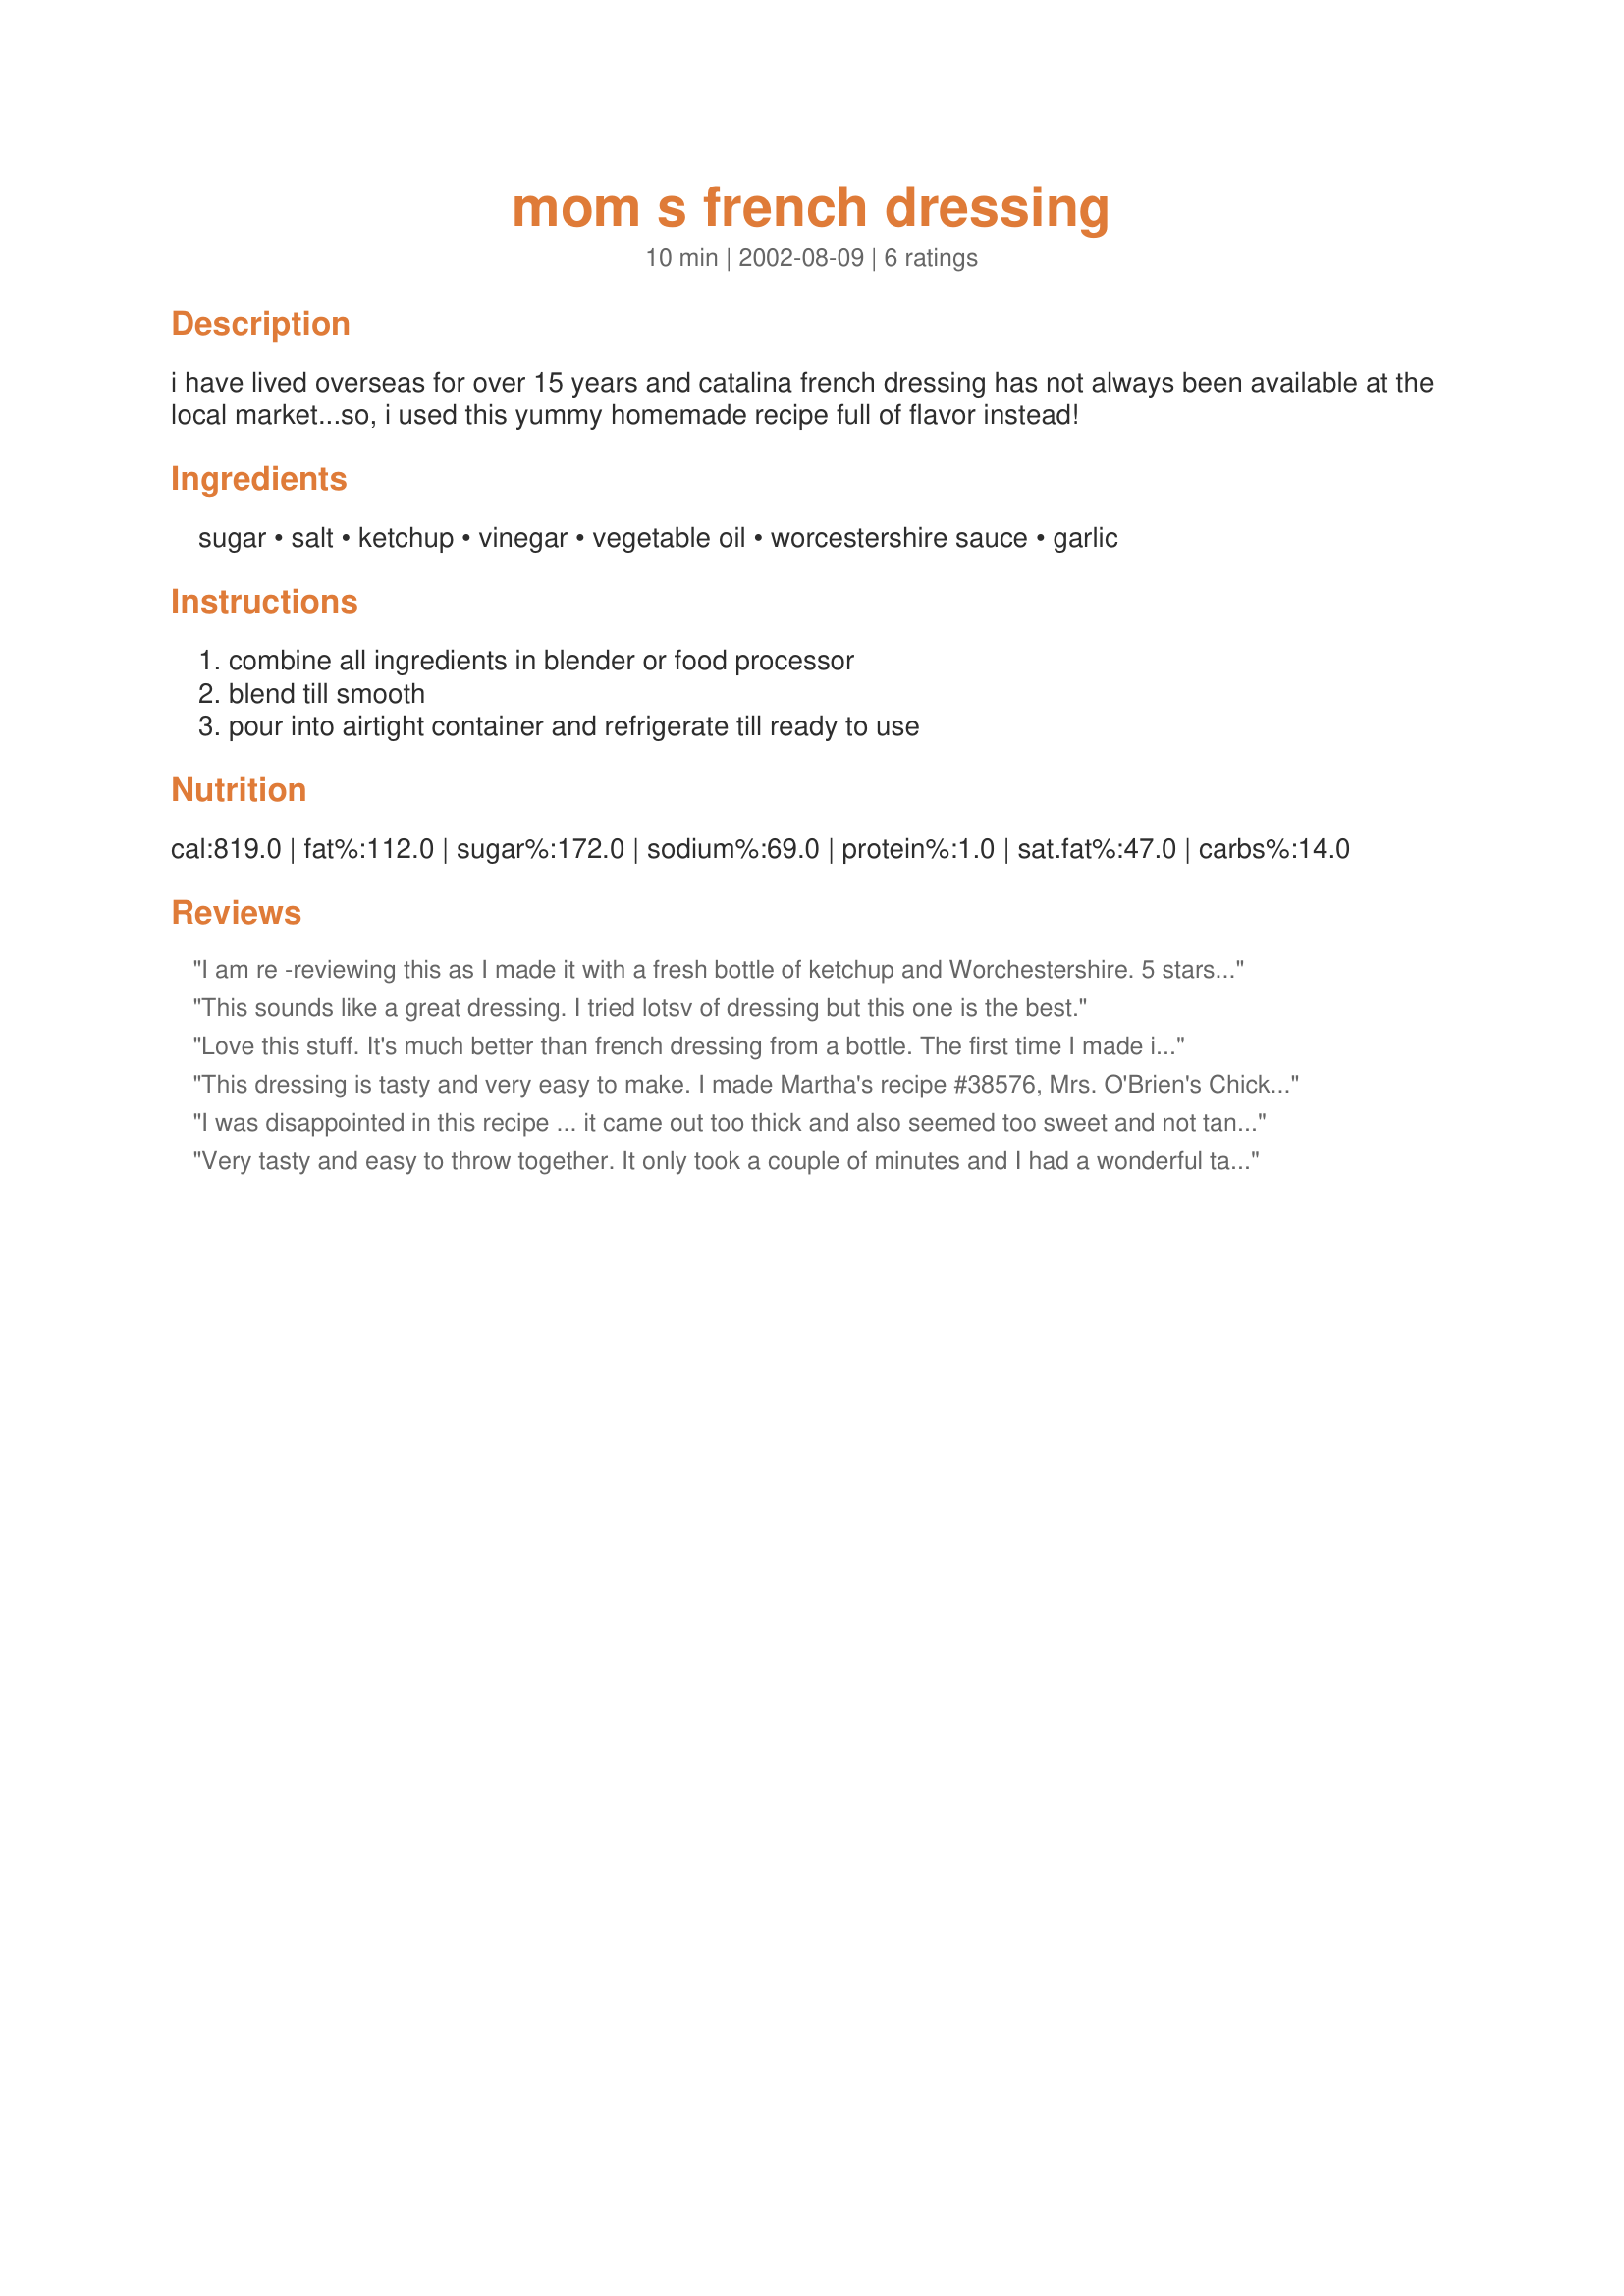
mom s french dressing
Preparation time: 10 minutes

i have lived overseas for over 15 years and catalina french dressing has not always been available at the local market...so, i used this yummy homemade recipe full of flavor instead!

Ingredients:
sugar, salt, ketchup, vinegar, vegetable oil, worcestershire sauce, garlic

Steps:
combine all ingredients in blender or food processor, blend till smooth, pour into airtight container and refrigerate till ready to use

Reviews:
I am re -reviewing this as I made it with a fresh bottle of ketchup and Worchestershire. 5 stars. It is better than Catalina. Will become a regular in our house. Really much better than Catalina and about 5 minutes to throw together.
This sounds like a great dressing. I tried lotsv of dressing but this one is the best.
Love this stuff. It's much better than french dressing from a bottle.

The first time I made it, I had no trouble at all, but this time, for some reason it just would NOT come together and emulsify. The only thing I did differently was use grapeseed oil instead of canola. The dressing wasn't as smooth as it should be, and when I turned off the blender the oil would slowly separate out. I added 1/4 tsp of dry ground mustard, and when I gave it another buzz, the dressing instantly turned smooth and creamy. And it tastes great. (The mustard trick is a general-purpose salad dressing hack!)
This dressing is tasty and very easy to make. I made Martha's recipe #38576, Mrs. O'Brien's Chicken. The recipe called for Catalina French dressing, which isn't available where I live. This dressing was a perfect substitute! I'll definitely be making this recipe again.
I was disappointed in this recipe ... it came out too thick and also seemed too sweet and not tangy like I expected.

It was ok, but I might try a different French dressing recipe next time.

I halved the recipe so maybe that was the problem. Perhaps I calculated something wrong ...
Very tasty and easy to throw together. It only took a couple of minutes and I had a wonderful tasting dressing. I halved the recipe and ended up using closer to 1/3 cup of sugar because I wanted it a bit sweeter. I will definitely be making this one again!
